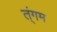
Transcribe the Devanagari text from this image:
त्ंगम